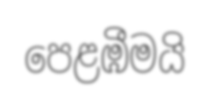
පෙළඹීමයි